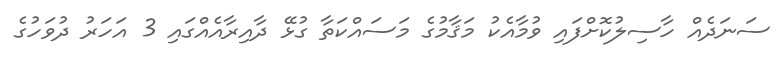
ސަނަދެއް ހާސިލުކޮށްފައި ވުމާއެކު މަޤާމުގެ މަސައްކަތާ ގުޅޭ ދާއިރާއެއްގައި 3 އަހަރު ދުވަހުގެ